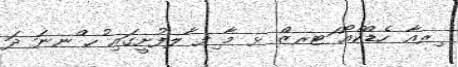
ިރއާ ހެޑްކްއޯ ަޓރޒް ޅ މާ ިފ ާލފުށީގައި ުހ ްނނަ ދަ